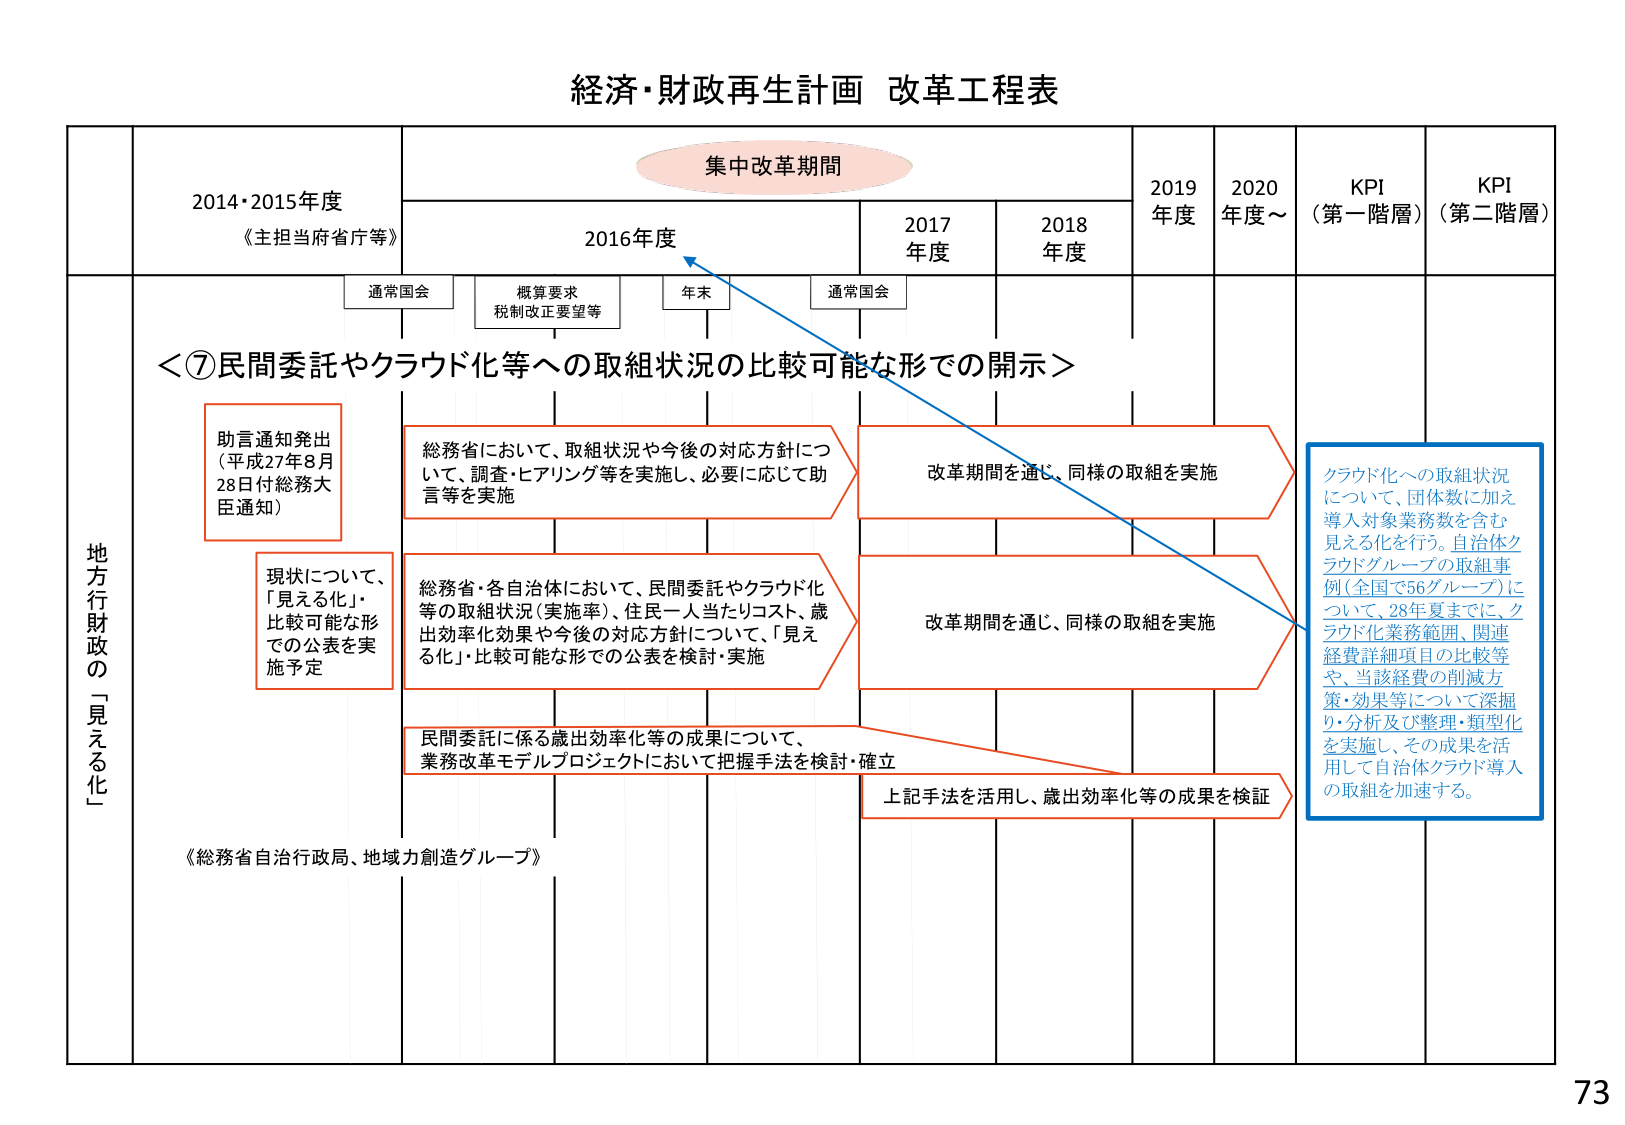
経済・財政再生計画 改革工程表

集中改革期間

2014・2015年度
《主担当府省庁等》

2016年度

2017年度

2018年度

2019年度

2020年度～

KPI（第一階層）

KPI（第二階層）

通常国会

概算要求
税制改正要望等

年末

通常国会

＜⑦民間委託やクラウド化等への取組状況の比較可能な形での開示＞

地方行政の「見える化」

助言通知発出
（平成27年8月28日付総務大臣通知）

総務省において、取組状況や今後の対応方針について、調査・ヒアリング等を実施し、必要に応じて助言等を実施

改革期間を通じ、同様の取組を実施

クラウド化への取組状況について、団体数に加え導入対象業務数を含む見える化を行う。自治体クラウドグループの取組事例（全国で56グループ）について、28年夏までに、クラウド化業務範囲、関連経費詳細項目の比較等や、当該経費の削減方策・効果等について深掘り・分析及び整理・類型化を実施し、その成果を活用して自治体クラウド導入の取組を加速する。

現状について、「見える化」・比較可能な形での公表を実施予定

総務省・各自治体において、民間委託やクラウド化等の取組状況（実施率）、住民一人当たりコスト、歳出効率化効果や今後の対応方針について、「見える化」・比較可能な形での公表を検討・実施

改革期間を通じ、同様の取組を実施

民間委託に係る歳出効率化等の成果について、業務改革モデルプロジェクトにおいて把握手法を検討・確立

上記手法を活用し、歳出効率化等の成果を検証

《総務省自治行政局、地域力創造グループ》

73